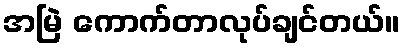
အမြဲ ကောက်တာလုပ်ချင်တယ်။